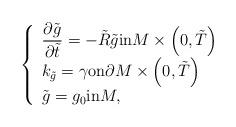
LaTeX: \begin{align*}\left\{\begin{array}{l}\displaystyle\frac{\partial \tilde{g}}{\partial \tilde{t}}=-\tilde{R}\tilde{g} \mbox{in}M\times\left(0,\tilde{T}\right)\\k_{\tilde{g}}=\gamma \mbox{on}\partial M\times\left(0,\tilde{T}\right)\\\tilde{g}=g_0 \mbox{in}M,\end{array}\right.\end{align*}